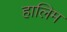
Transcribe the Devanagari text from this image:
हालिम